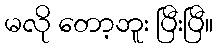
မလို တော့ဘူး ပြီးပြီ။